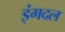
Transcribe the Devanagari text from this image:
इंगदल